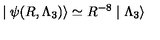
\mid \psi ( R , \Lambda _ { 3 } ) \rangle \simeq R ^ { - 8 } \mid \Lambda _ { 3 } \rangle